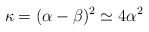
\begin{align*}\kappa = ( \alpha -\beta)^2 \simeq 4 \alpha ^2\end{align*}